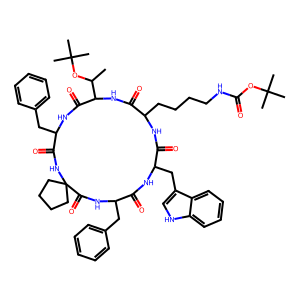
SMILES: CC(OC(C)(C)C)C1NC(=O)C(CCCCNC(=O)OC(C)(C)C)NC(=O)C(Cc2c[nH]c3ccccc23)NC(=O)C(Cc2ccccc2)NC(=O)C2(CCCC2)NC(=O)C(Cc2ccccc2)NC1=O
Inhibits HIV replication: No